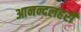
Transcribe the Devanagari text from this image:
आनन्दलहरी